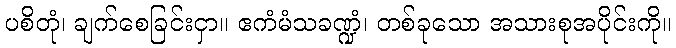
ပစိတုံ၊ ချက်စေခြင်းငှာ။ ဧကံမံသခဏ္ဍံ၊ တစ်ခုသော အသားစုအပိုင်းကို။